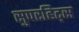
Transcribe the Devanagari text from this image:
सुपरहिट्स